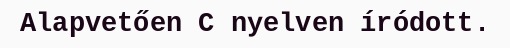
Alapvetően C nyelven íródott.